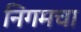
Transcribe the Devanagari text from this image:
निगमचा